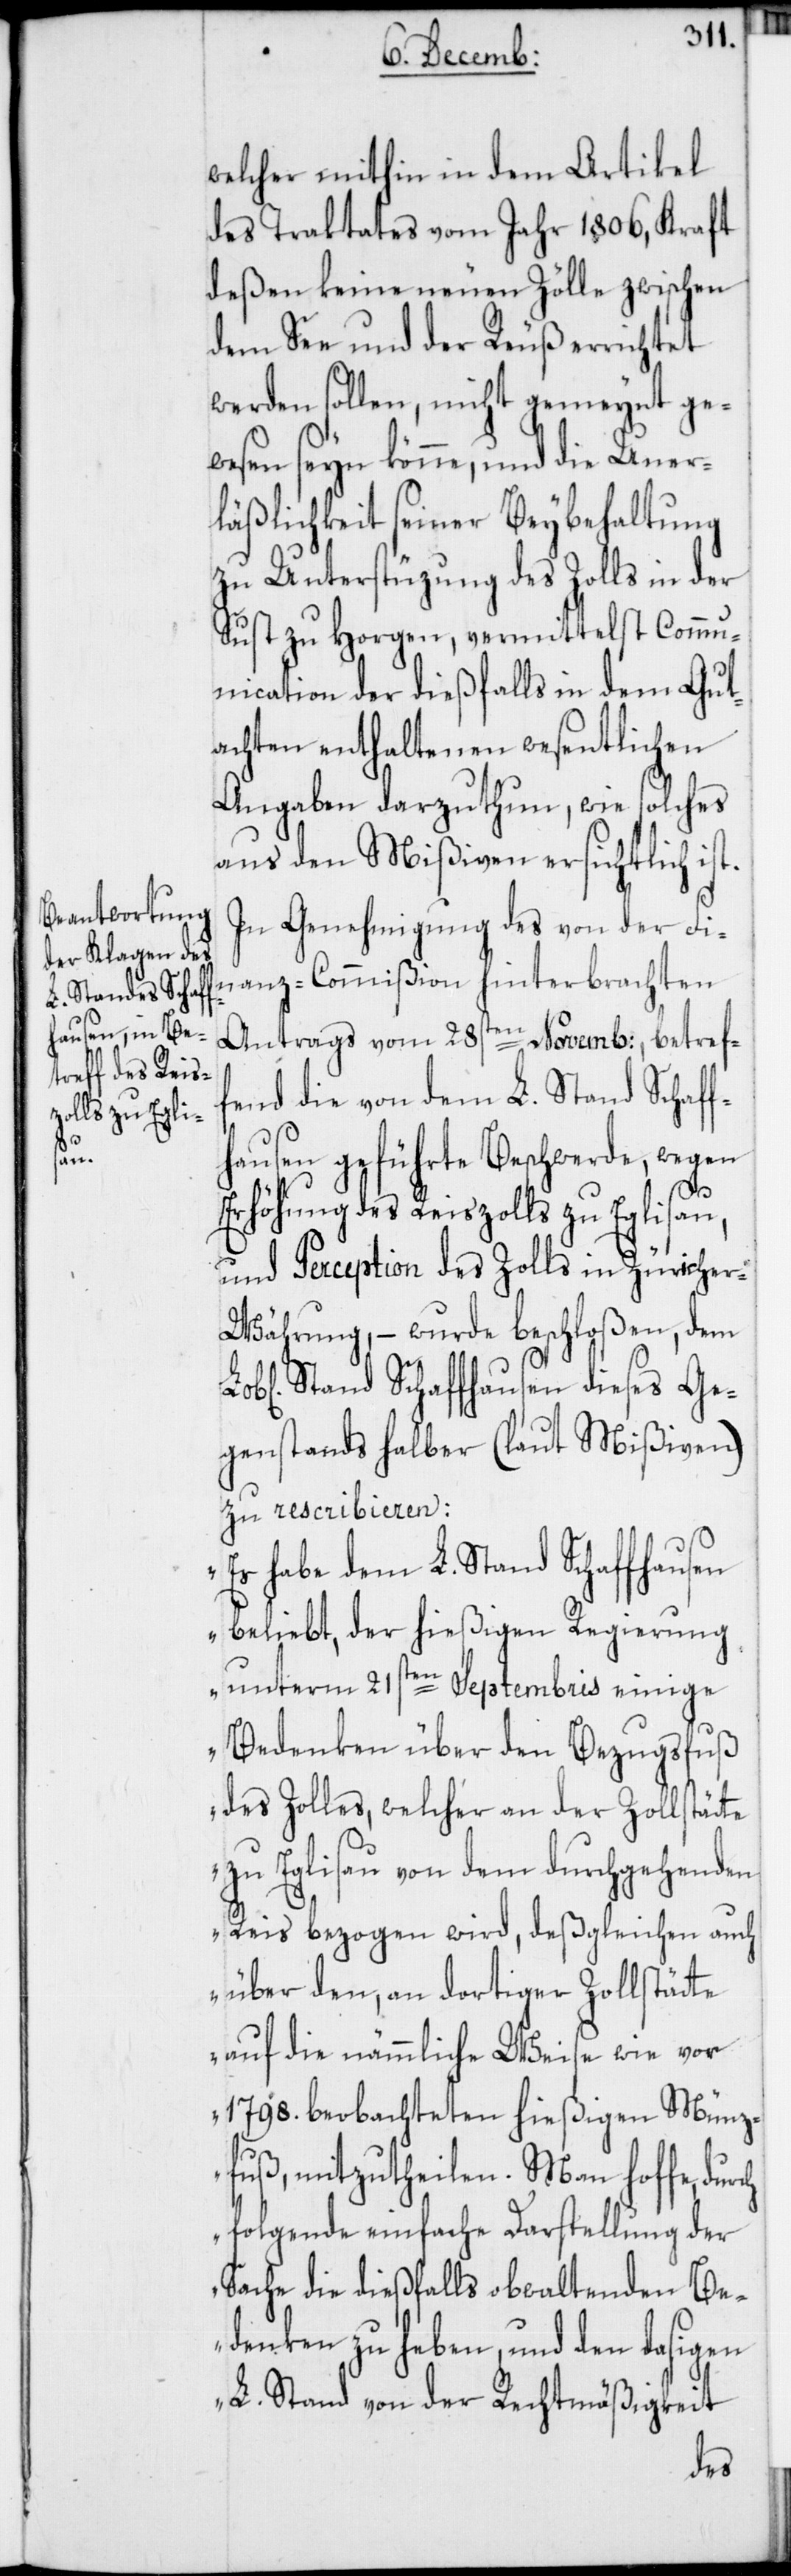
welcher mithin in dem Artikel
des Traktates vom Jahr 1806, Kraft
deßen keine neuen Zölle zwischen
dem See und der Reuß errichtet
werden sollen, nicht gemeynt ge¬
wesen seyn könne, und die Uner¬
läßlichkeit seiner Beybehaltung
zu Unterstüzung des Zolls in der
Sust zu Horgen, vermittelst Commu¬
nication der dießfalls in dem Gut¬
achten enthaltenen wesentlichen
Angaben darzuthun, wie solches
aus den Mißiven ersichtlich ist.
In Genehmigung des von der Fin¬
anz-Commißion hinterbrachten
Antrags vom 28sten Novemb:, betref¬
fend die von dem L. Stand Schaff¬
hausen geführte Beschwerde, wegen
Erhöhung des Reiszolls zu Eglisau,
und Perception des Zolls in Züriche¬
r-Währung, – wurde beschloßen, dem
Stand Schaffhausen dieses Ge¬
genstands halber (laut Mißiven)
zu rescribieren:
„Es habe dem L. Stand Schaffhausen
beliebt, der hießigen Regierung
unterm 21sten Septembris einige
Bedenken über den Bezugsfuß
des Zolles, welcher an der Zollstätte
zu Eglisau von dem durchgehenden
Reis bezogen wird, deßgleichen auch
über den, an dortiger Zollstätte
auf die nämmliche Weise wie vor
1798. beobachteten hießigen Münz¬
fuß, mitzutheilen. Man hoffe, durch
folgende einfache Darstellung der
Sache die dießfalls obwaltenden Be¬
denken zu heben, und dem dasigen
L. Stand von der Rechtmäßigkeit